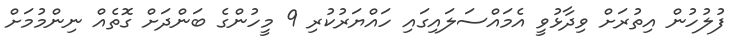
ފުލުހުން އިތުރަށް ވިދާޅުވީ އެމައްސަލައިގައި ހައްޔަރުކުރި 9 މީހުންގެ ބަންދަށް ގޮތެއް ނިންމުމަށް